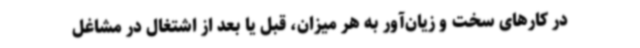
در کارهای سخت و زیان‌آور به هر میزان، قبل یا بعد از اشتغال در مشاغل